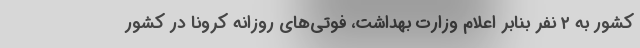
کشور به ۲ نفر بنابر اعلام وزارت بهداشت، فوتی‌های روزانه کرونا در کشور